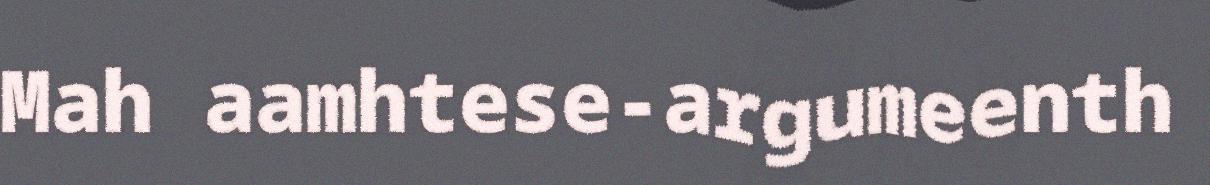
Mah aamhtese-argumeenth